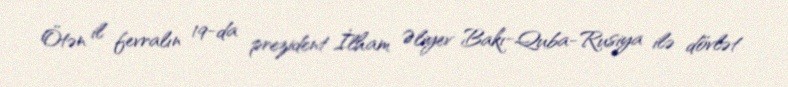
Ötən il fevralın 19-da prezident İlham Əliyev Bakı-Quba-Rusiya ilə dövlət